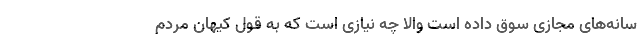
سانه‌های مجازی سوق داده است والا چه نیازی است كه به قول كیهان مردم